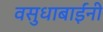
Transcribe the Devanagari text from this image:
वसुधाबाईंनी